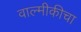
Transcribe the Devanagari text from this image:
वाल्मीकीचा